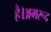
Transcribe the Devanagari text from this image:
है।अमरूद